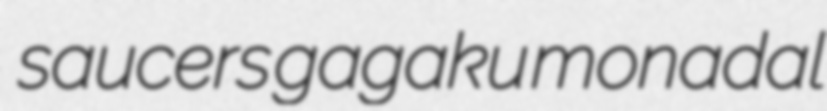
saucers gagaku monadal